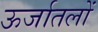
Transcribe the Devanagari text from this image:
ऊर्जातलों